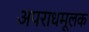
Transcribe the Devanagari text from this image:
अपराधमूलक